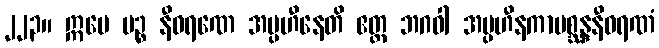
၂၂၃။ ဣမေ ပဉ္စ နီဝရဏေ အပ္ပဟီနေတိ ဧတ္ထ ဘဂဝါ အပ္ပဟီနကာမစ္ဆန္ဒနီဝရဏံ